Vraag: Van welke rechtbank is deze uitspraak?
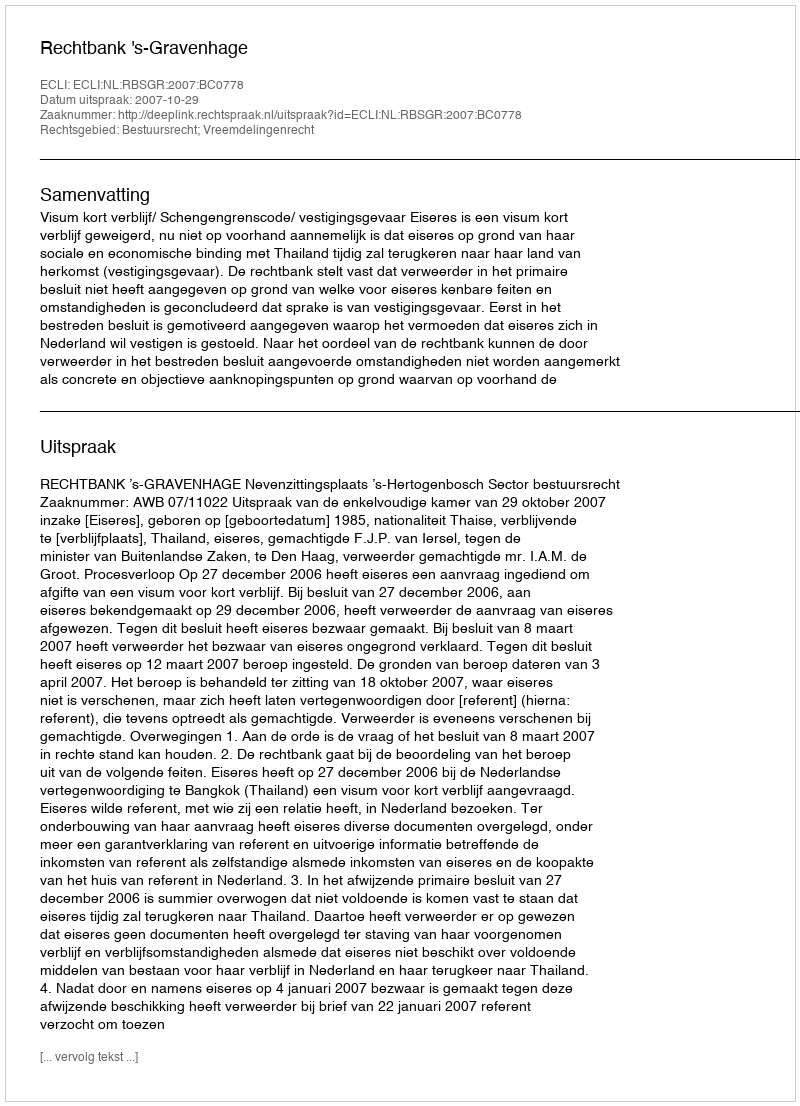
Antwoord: Rechtbank 's-Gravenhage